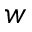
w